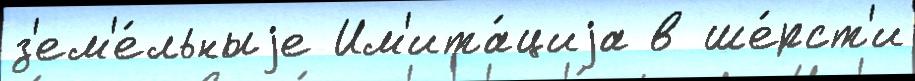
з'ем'е́льныjе Им'ита́циjа в ше́рст'и